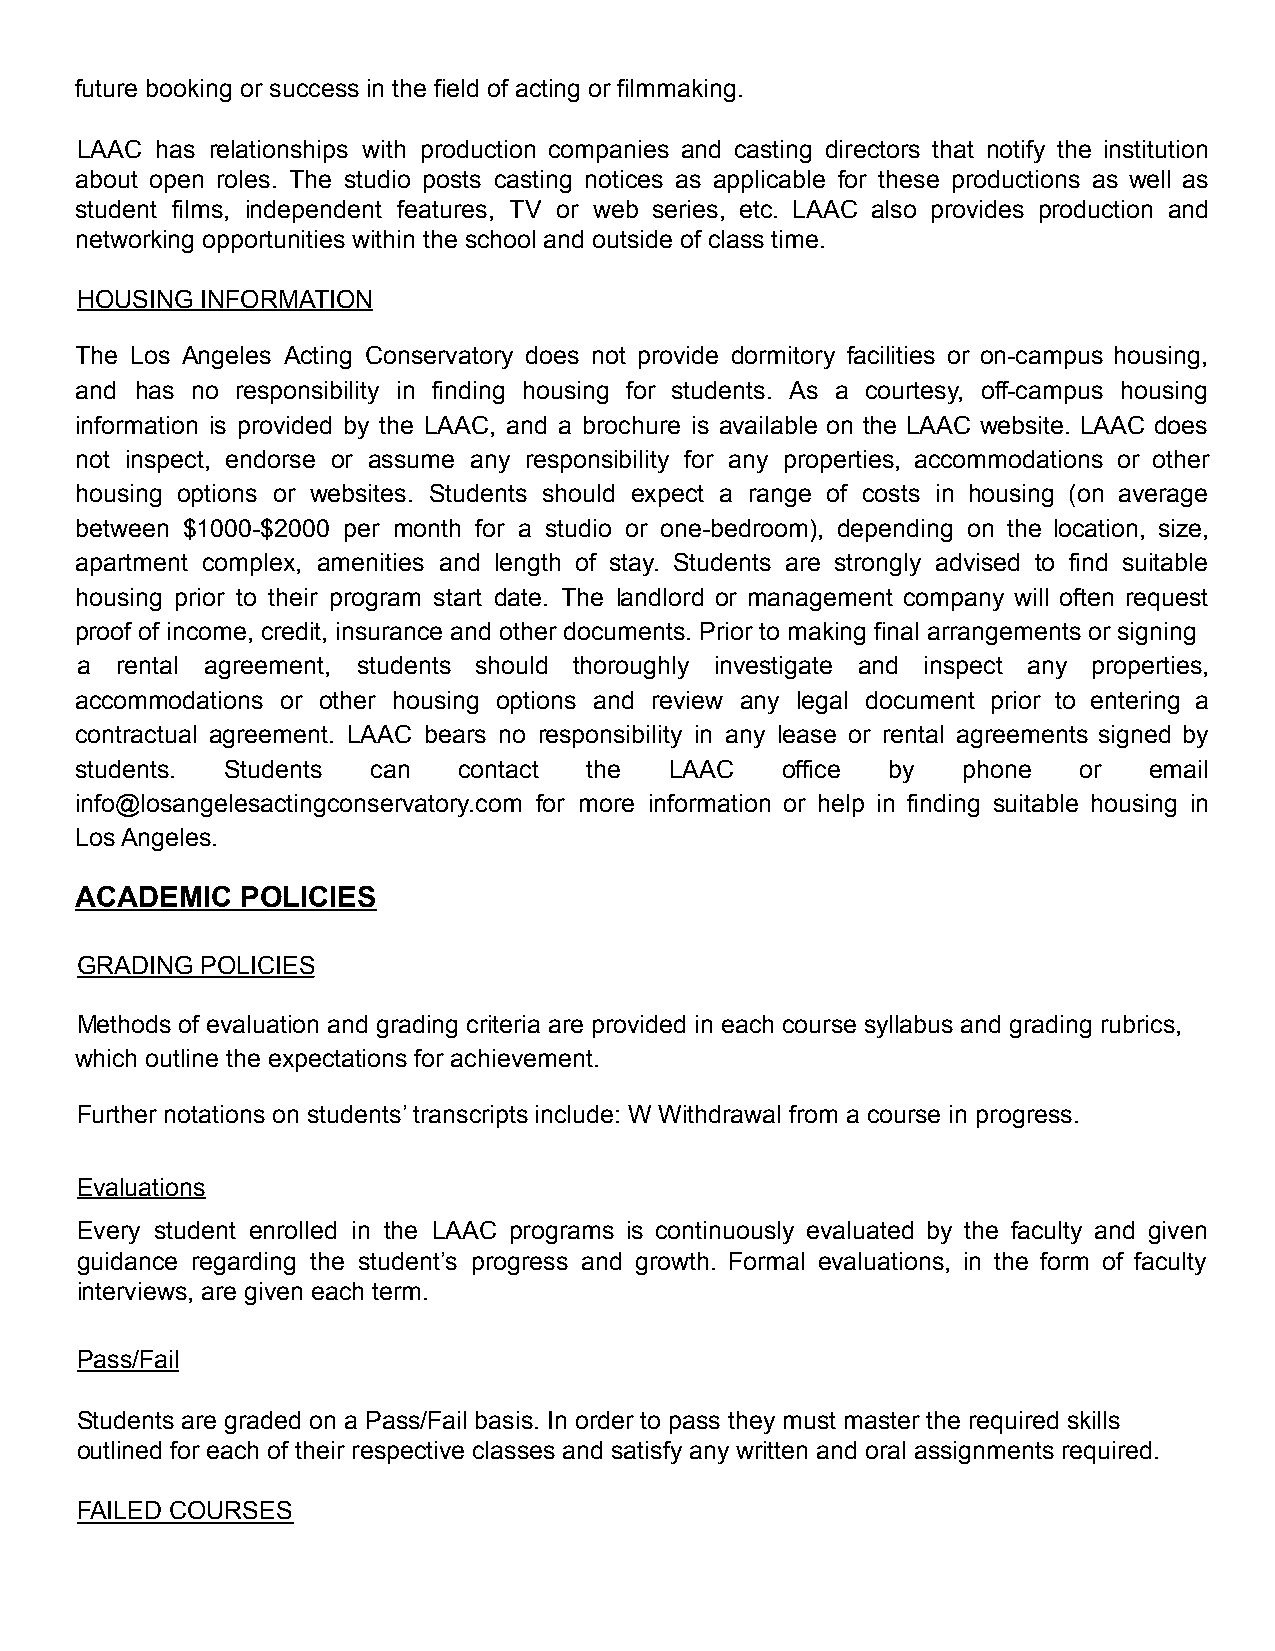
future booking or success in the field of acting or filmmaking.
 LAAC has relationships with production companies and casting directors that notify the institution
 about open roles. The studio posts casting notices as applicable for these productions as well as
 student films, independent features, TV or web series, etc. LAAC also provides production and
 networking opportunities within the school and outside of class time.
 HOUSING INFORMATION
 The Los Angeles Acting Conservatory does not provide dormitory facilities or on-campus housing,
 and has no responsibility in finding housing for students. As a courtesy, off-campus housing
 information is provided by the LAAC, and a brochure is available on the LAAC website. LAAC does
 not inspect, endorse or assume any responsibility for any properties, accommodations or other
 housing options or websites. Students should expect a range of costs in housing (on average
 between $1000-$2000 per month for a studio or one-bedroom), depending on the location, size,
 apartment complex, amenities and length of stay. Students are strongly advised to find suitable
 housing prior to their program start date. The landlord or management company will often request
 proof of income, credit, insurance and other documents. Prior to making final arrangements or signing
 a  rental agreement, students should thoroughly investigate and inspect any properties,
 accommodations or other housing options and review any legal document prior to entering a
 contractual agreement. LAAC bears no responsibility in any lease or rental agreements signed by
 students. Students  can  contact  the  LAAC    office by   phone  or   email
 info@losangelesactingconservatory.com for more information or help in finding suitable housing in
 Los Angeles.
 ACADEMIC   POLICIES
 GRADING POLICIES
 Methods of evaluation and grading criteria are provided in each course syllabus and grading rubrics,
 which outline the expectations for achievement.
 Further notations on students’ transcripts include: W Withdrawal from a course in progress.
 Evaluations
 Every student enrolled in the LAAC programs is continuously evaluated by the faculty and given
 guidance regarding the student’s progress and growth. Formal evaluations, in the form of faculty
 interviews, are given each term.
 Pass/Fail
 Students are graded on a Pass/Fail basis. In order to pass they must master the required skills
 outlined for each of their respective classes and satisfy any written and oral assignments required.
 FAILED COURSES